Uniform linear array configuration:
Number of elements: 48
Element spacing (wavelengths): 0.75
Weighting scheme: uniform
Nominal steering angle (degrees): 60
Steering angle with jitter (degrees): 59.371
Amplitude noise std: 0.05
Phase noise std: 0.05

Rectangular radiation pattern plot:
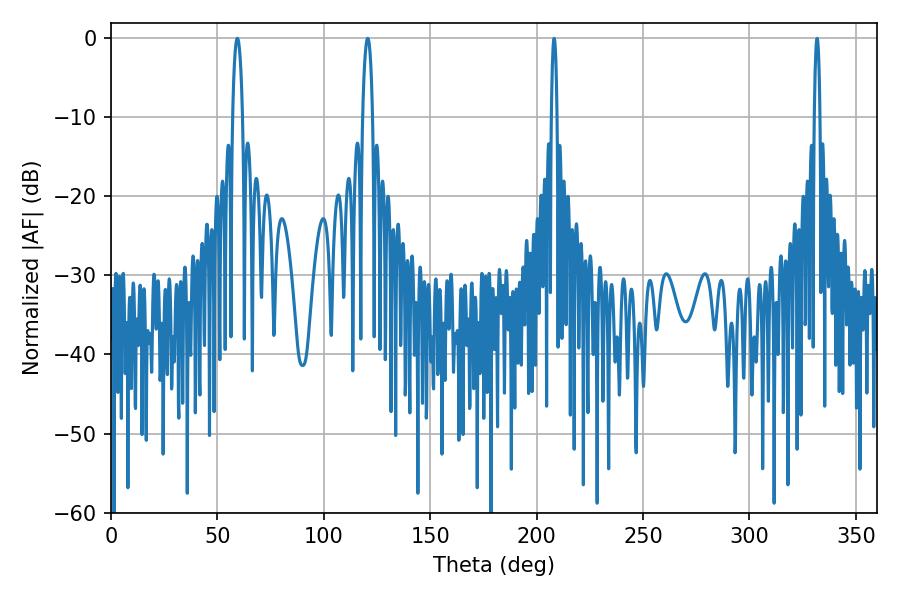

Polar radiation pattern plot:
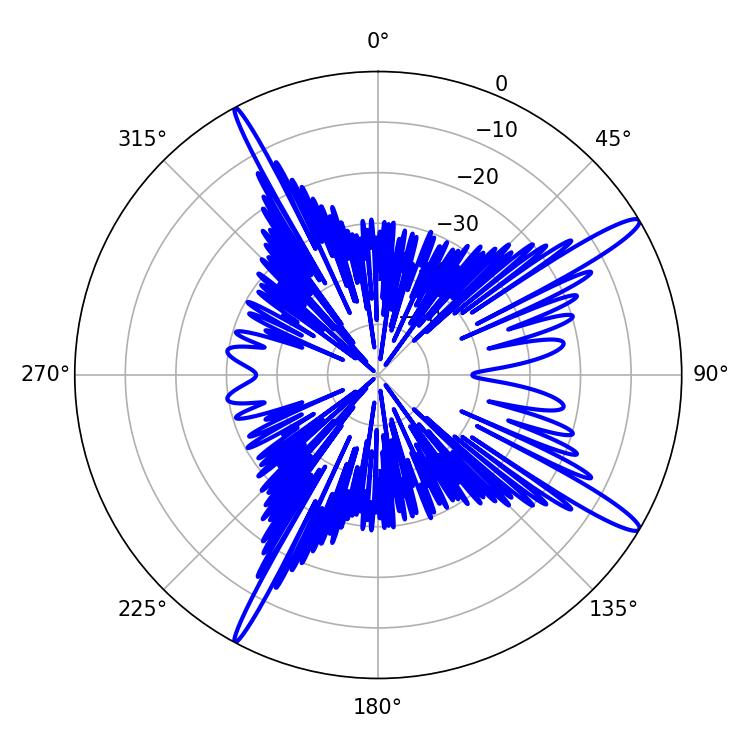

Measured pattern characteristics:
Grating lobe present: TRUE
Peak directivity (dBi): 14.948
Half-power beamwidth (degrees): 2.52
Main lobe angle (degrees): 59.4